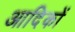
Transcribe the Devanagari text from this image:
आदिकों